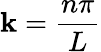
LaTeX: \mathbf{k}={\frac{{n\pi}}{{L}}}